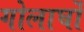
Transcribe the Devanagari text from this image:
गोलार्घो